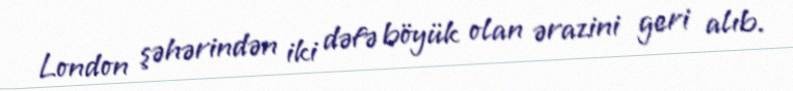
London şəhərindən iki dəfə böyük olan ərazini geri alıb.